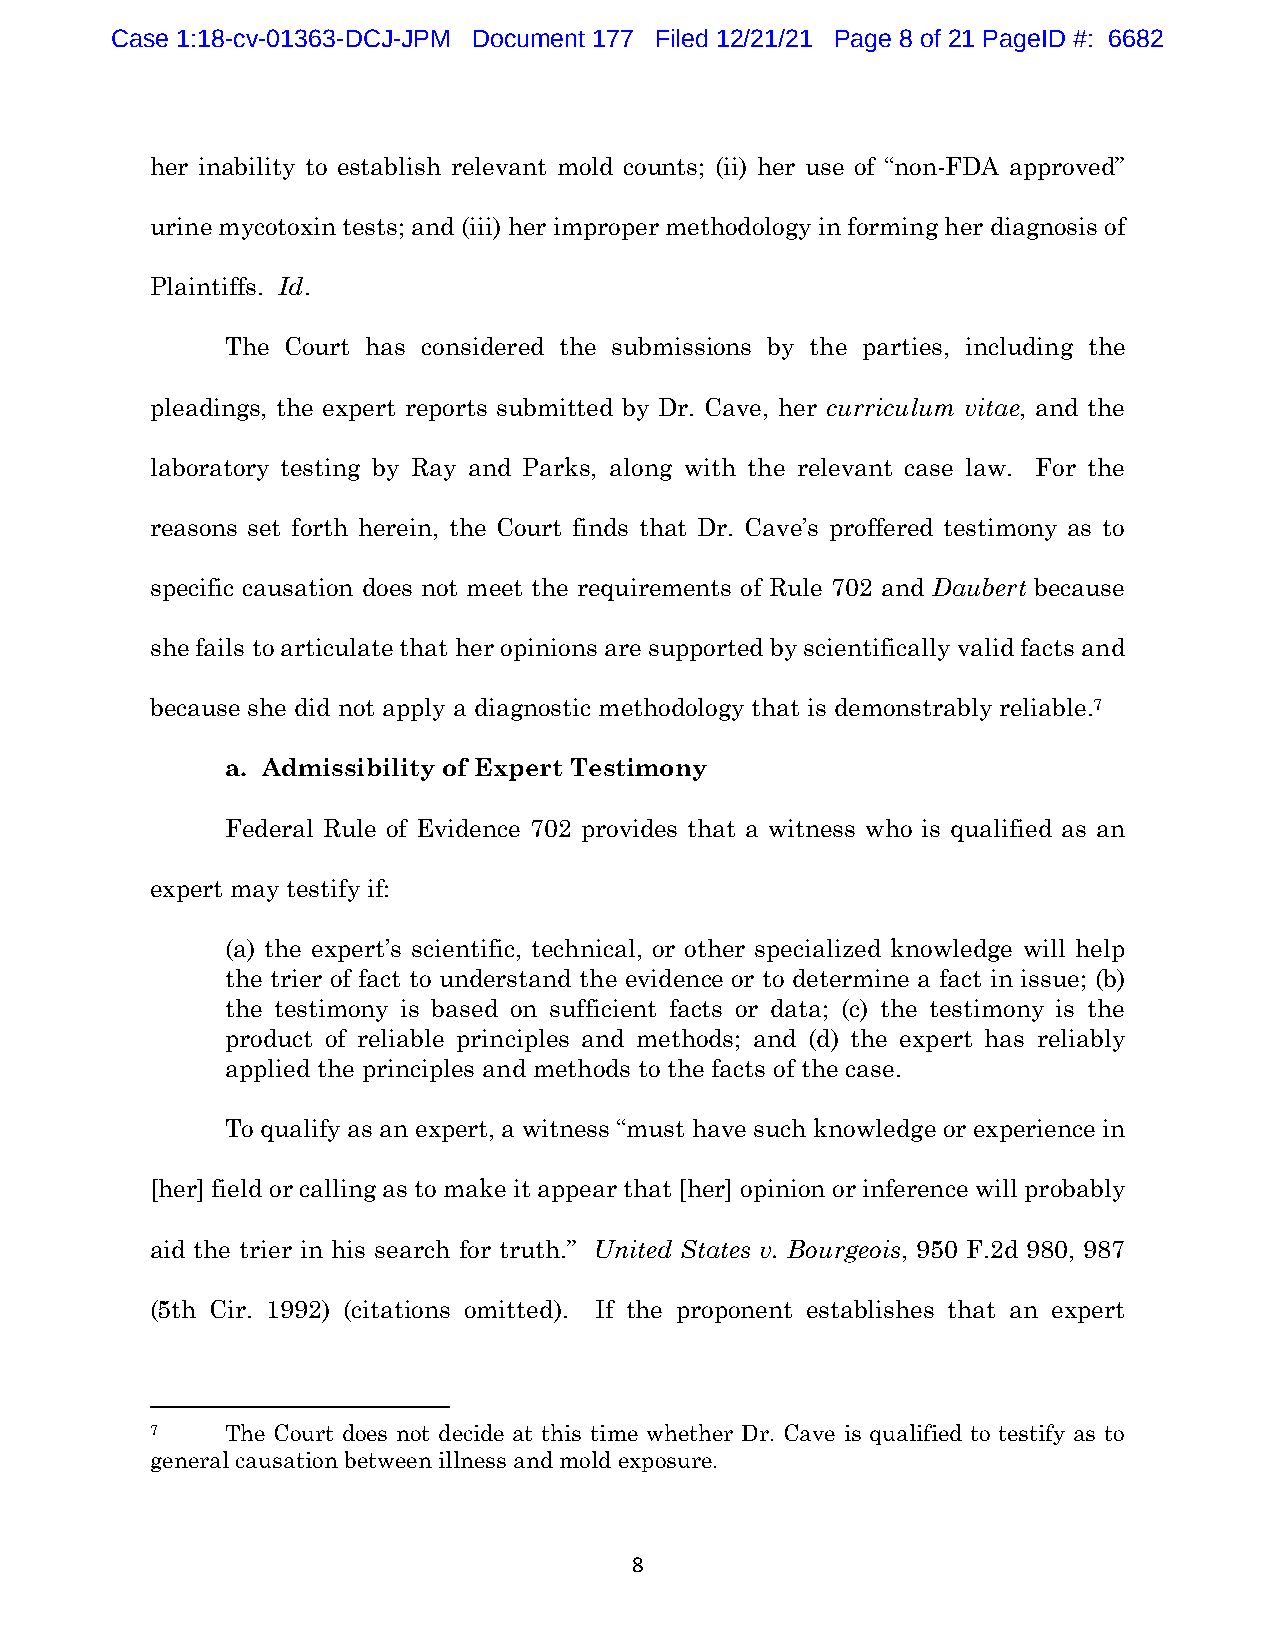
Case 1:18-cv-01363-DCJ-JPM Document 177 Filed 12/21/21 Page 8 of 21 PageID #: 6682
 her inability to establish relevant mold counts; (ii) her use of “non-FDA approved”
 urine mycotoxin tests; and (iii) her improper methodology in forming her diagnosis of
 Plaintiffs. Id.
 The Court has considered the submissions by the parties, including the
 pleadings, the expert reports submitted by Dr. Cave, her curriculum vitae, and the
 laboratory testing by Ray and Parks, along with the relevant case law. For the
 reasons set forth herein, the Court finds that Dr. Cave’s proffered testimony as to
 specific causation does not meet the requirements of Rule 702 and Daubert because
 she fails to articulate that her opinions are supported by scientifically valid facts and
 because she did not apply a diagnostic methodology that is demonstrably reliable.7
 a. Admissibility of Expert Testimony
 Federal Rule of Evidence 702 provides that a witness who is qualified as an
 expert may testify if:
 (a) the expert’s scientific, technical, or other specialized knowledge will help
 the trier of fact to understand the evidence or to determine a fact in issue; (b)
 the testimony is based on sufficient facts or data; (c) the testimony is the
 product of reliable principles and methods; and (d) the expert has reliably
 applied the principles and methods to the facts of the case.
 To qualify as an expert, a witness “must have such knowledge or experience in
 [her] field or calling as to make it appear that [her] opinion or inference will probably
 aid the trier in his search for truth.” United States v. Bourgeois, 950 F.2d 980, 987
 (5th Cir. 1992) (citations omitted). If the proponent establishes that an expert
 7    The Court does not decide at this time whether Dr. Cave is qualified to testify as to
 general causation between illness and mold exposure.
 8